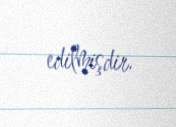
edilmişdir.